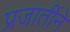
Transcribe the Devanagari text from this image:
प्रजातींने